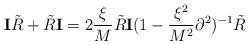
LaTeX: \begin{align*}{\mathbf I} {\tilde R} + {\tilde R} {\mathbf I} = 2 \frac{\xi}{M} {\tilde R} {\mathbf I}(1 - \frac{\xi^2}{M^2} \partial^2)^{-1} {\tilde R}\end{align*}